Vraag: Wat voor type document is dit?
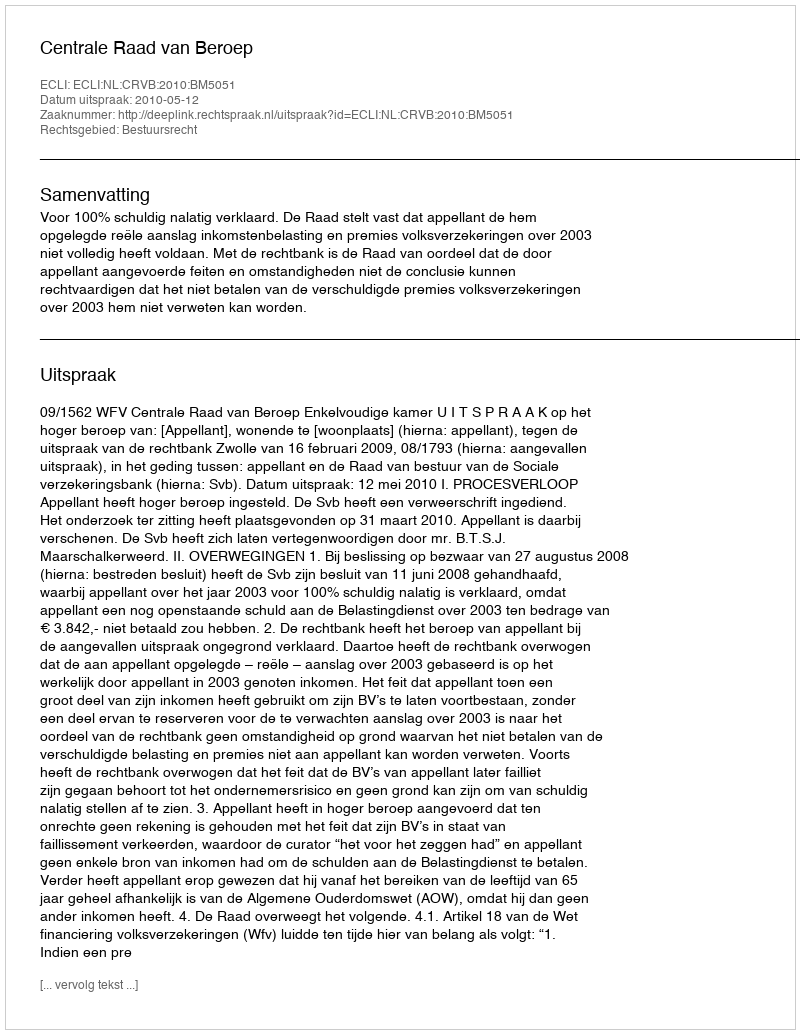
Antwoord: Uitspraak